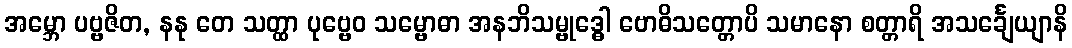
အမ္ဘော ပဗ္ဗဇိတ, နနု တေ သတ္ထာ ပုဗ္ဗေဝ သမ္ဗောဓာ အနဘိသမ္ဗုဒ္ဓေါ ဗောဓိသတ္တောပိ သမာနော စတ္တာရိ အသင်္ချေယျာနိ